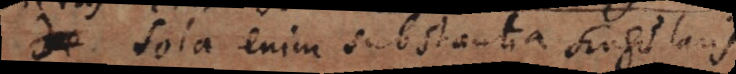
Sola enim substantia singularis